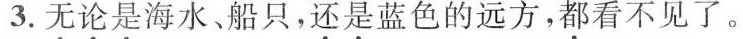
3.无论是海水、船只，还是蓝色的远方，都看不见了。